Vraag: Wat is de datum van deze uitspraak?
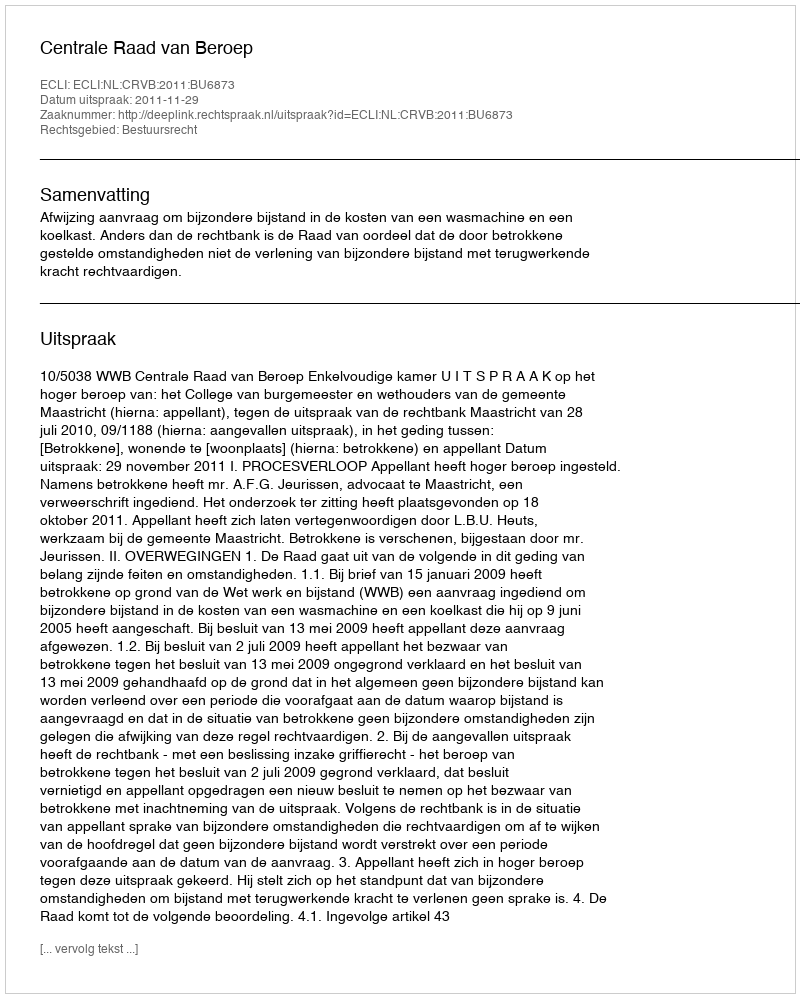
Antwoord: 2011-11-29